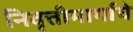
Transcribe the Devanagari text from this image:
निवृत्तीमार्गाचे